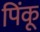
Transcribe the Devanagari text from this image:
पिंकू